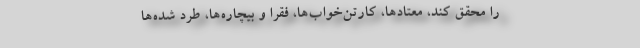
را محقق كند، معتادها، كارتن‌خواب‌ها، فقرا و بيچاره‌ها، طرد ‌شده‌ها